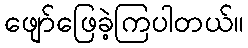
ဖျော်ဖြေခဲ့ကြပါတယ်။